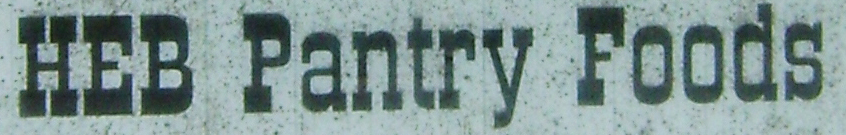
HEB Pantry Foods